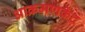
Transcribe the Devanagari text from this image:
आक्रमणकेंद्र